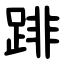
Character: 䠊